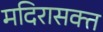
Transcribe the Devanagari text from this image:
मदिरासक्त